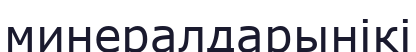
минералдарынікі